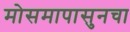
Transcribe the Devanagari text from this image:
मोसमापासुनचा